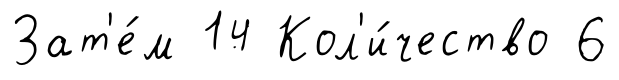
Зат'е́м 14 Кол'и́чество 6